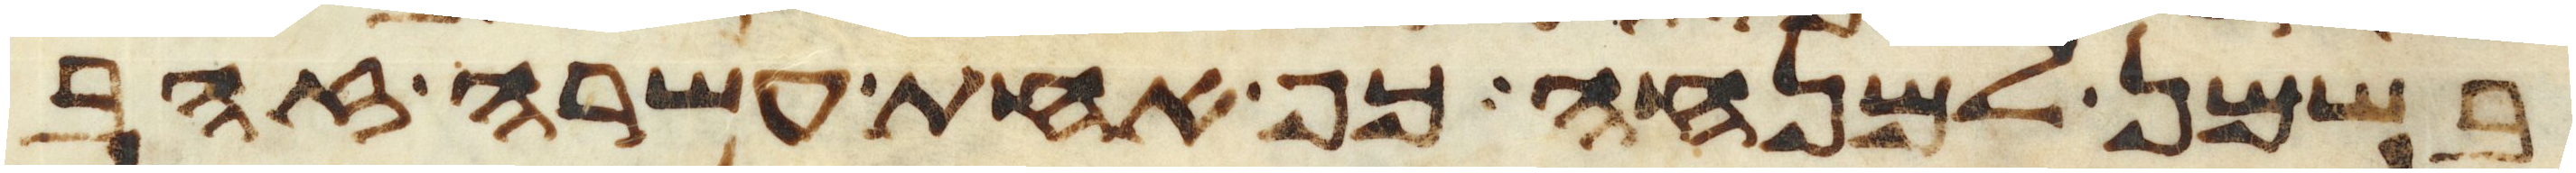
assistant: בשמן למנחה כף אחת עשרה זהב